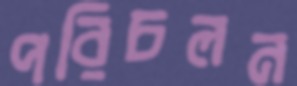
পরিচলন